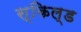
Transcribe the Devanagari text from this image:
स्किल्ड